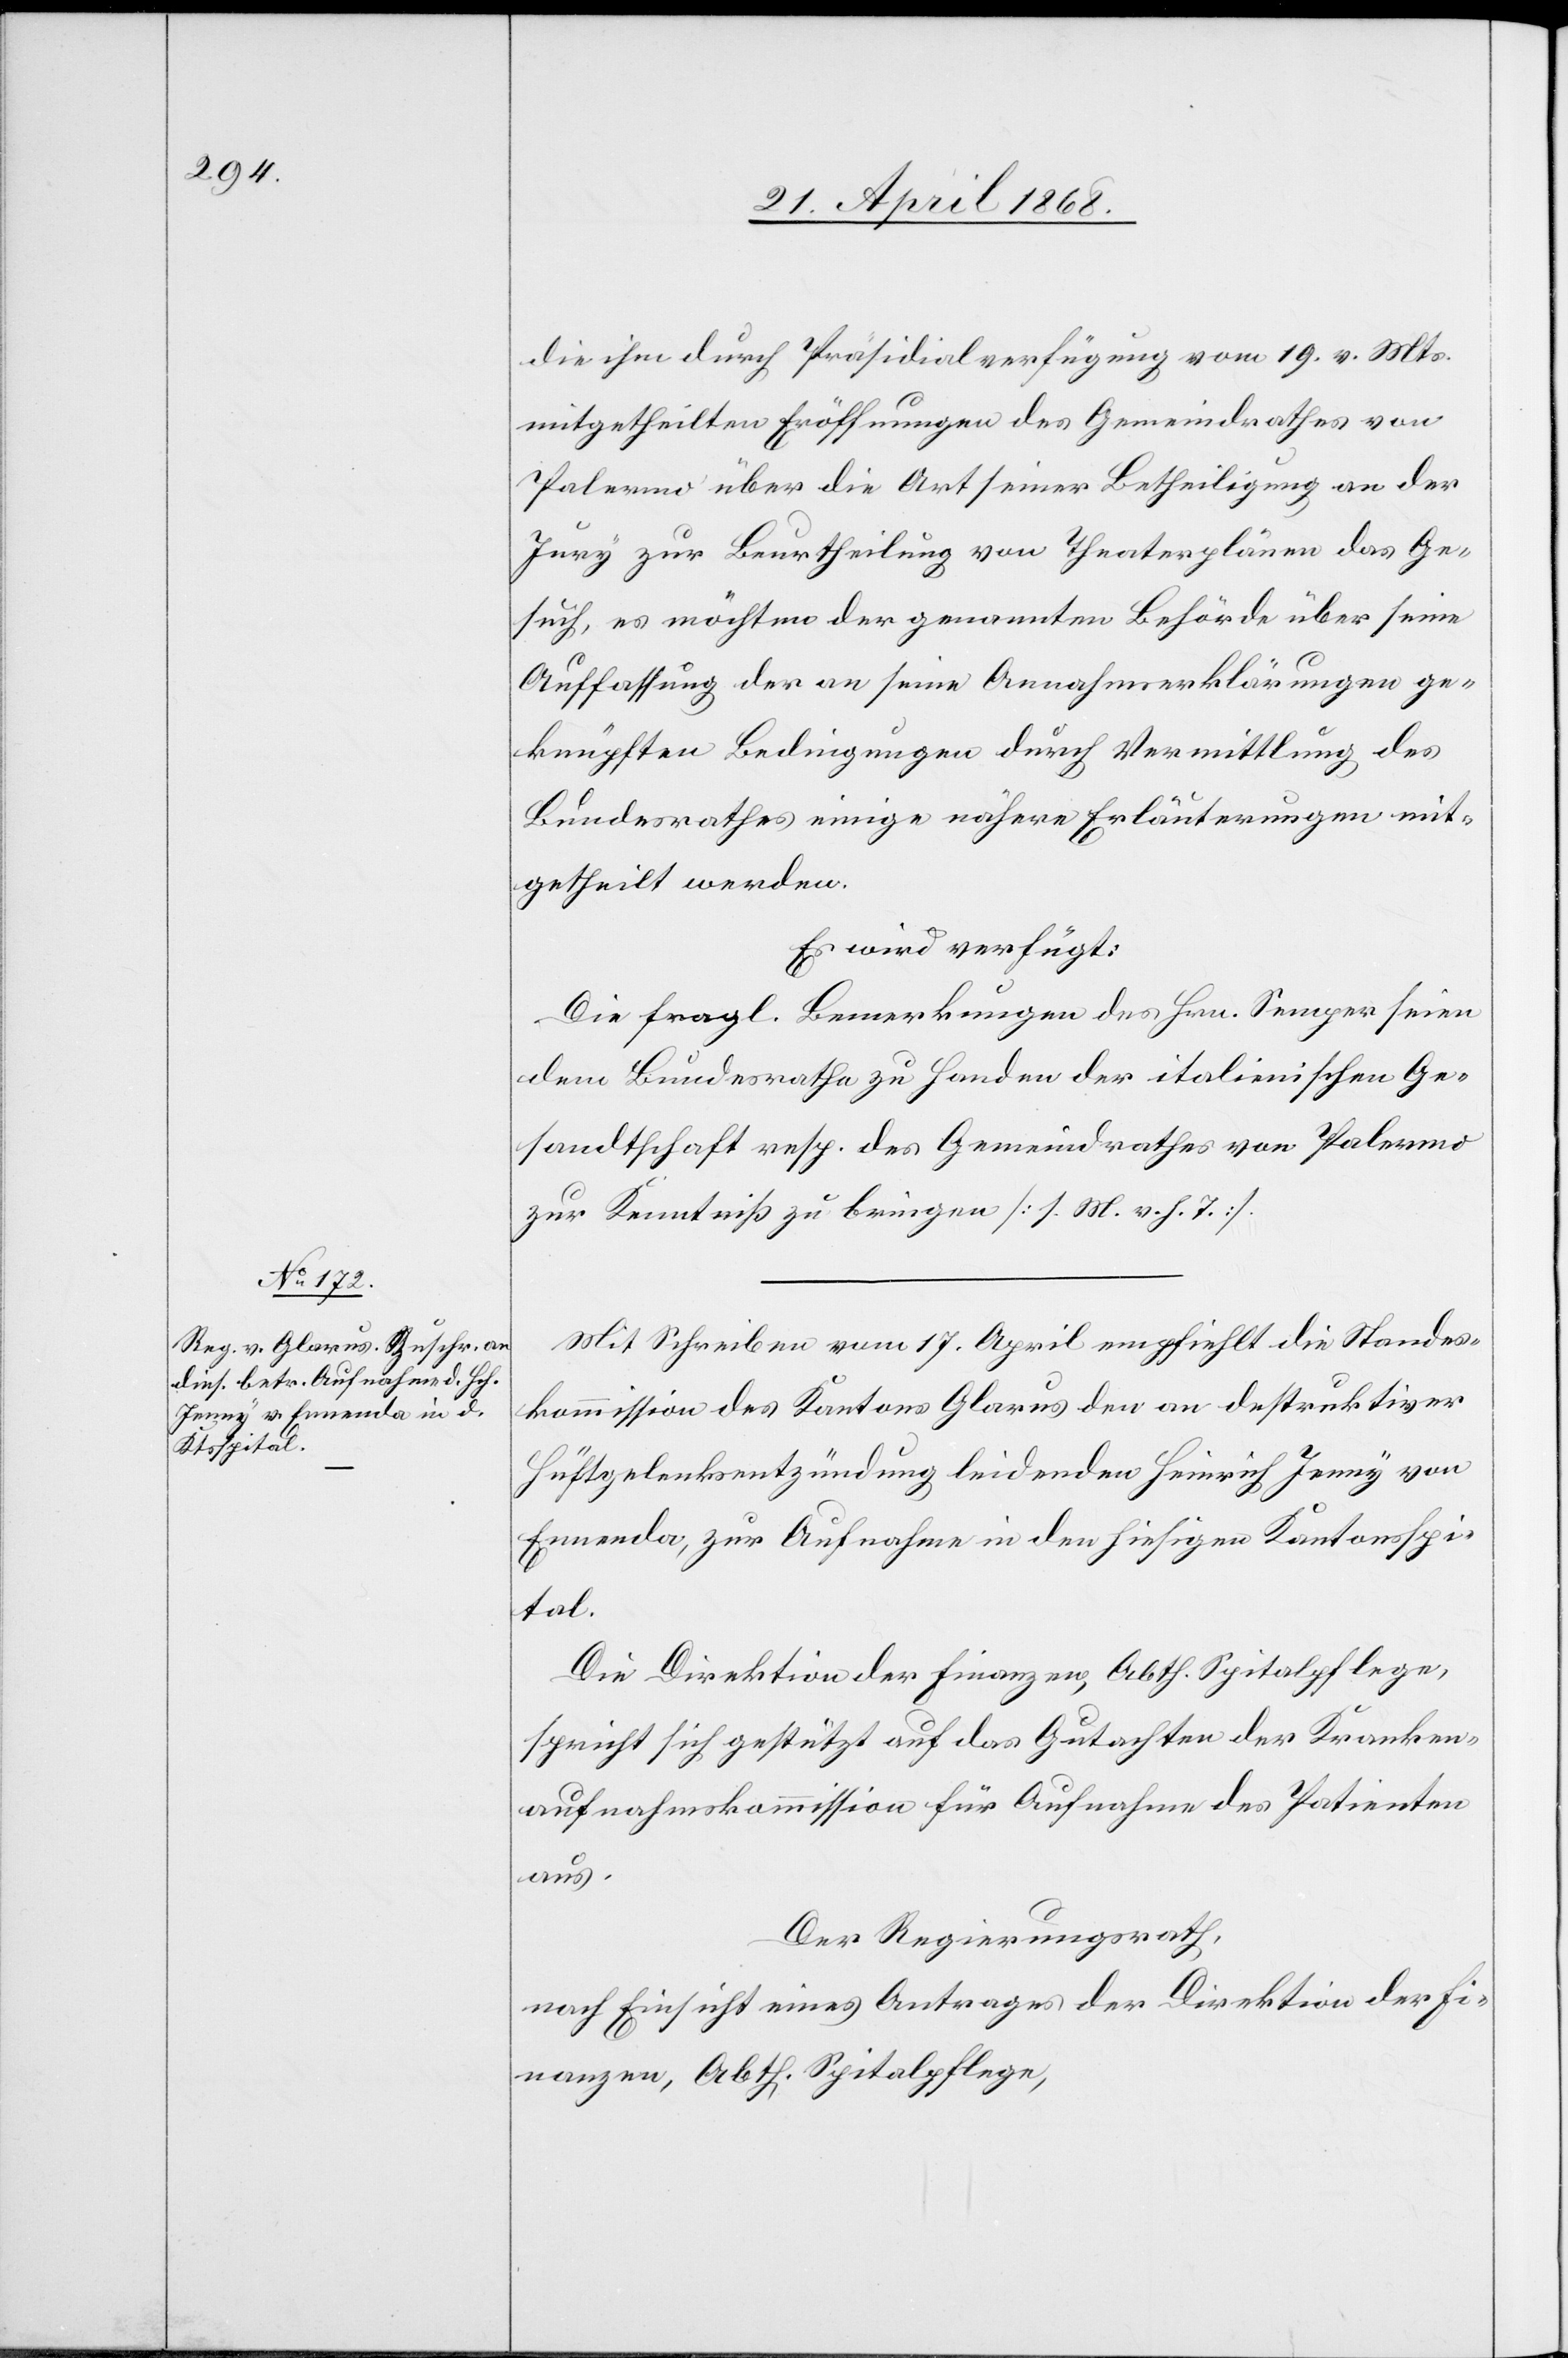
23. April 1868.]
die ihm durch Präsidialverfügung vom 19. v. Mts.
mitgetheilten Eröffnungen des Gemeindrathes von
Palermo über die Art seiner Betheiligung an der
Jury zur Beurtheilung von Theaterplänen das Ge¬
such, es möchten der genannten Behörde über seine
Auffassung der an seine Annahmserklärungen ge¬
knüpften Bedingungen durch Vermittlung des
Bundesrathes einige nähere Erläuterungen mit¬
getheilt werden.
Es wird verfügt:
Die fragl. Bemerkungen des Hrn. Semper seien
dem Bundesrathe zu Handen der italienischen Ge¬
sandtschaft resp. des Gemeindrathes von Palermo
zur Kenntniß zu bringen [s. M. v. h. T.].
Mit Schreiben vom 17. April empfiehlt die Standes¬
kommission des Kantons Glarus den an destruktiver
Hüftgelenksentzündung leidenden Heinrich Jenny von
Ennenda, zur Aufnahme in den hiesigen Kantonsspi¬
tal.
Die Direktion der Finanzen, Abth. Spitalpflege,
spricht sich gestützt auf das Gutachten der Kranken¬
aufnahmskommission für Aufnahme des Patienten
aus.
Der Regierungsrath,
nach Einsicht eines Antrages der Direktion der Fi¬
nanzen, Abth. Spitalpflege,